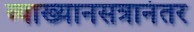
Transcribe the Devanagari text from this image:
व्याख्यानसत्रानंतर